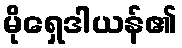
မိုရှေဒါယန်၏